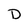
Character: D